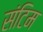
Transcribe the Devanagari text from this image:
संटिम